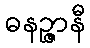
ဓနဉ္ဇာနီ